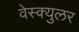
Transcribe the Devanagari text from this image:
वेस्क्युलर